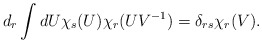
\begin{align*}d_r \int d U \chi_s(U) \chi_r(U{V^{-1}})=\delta_{rs}\chi_r(V).\end{align*}